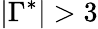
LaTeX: \vert\Gamma^{*}\vert>3